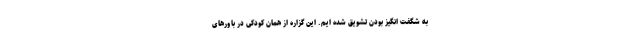
به شگفت انگیز بودن تشویق شده ایم. این گزاره از همان کودکی در باورهای